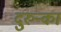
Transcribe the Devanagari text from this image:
दुरुन्का